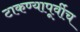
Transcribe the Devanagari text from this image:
टाकण्यापूर्वीच